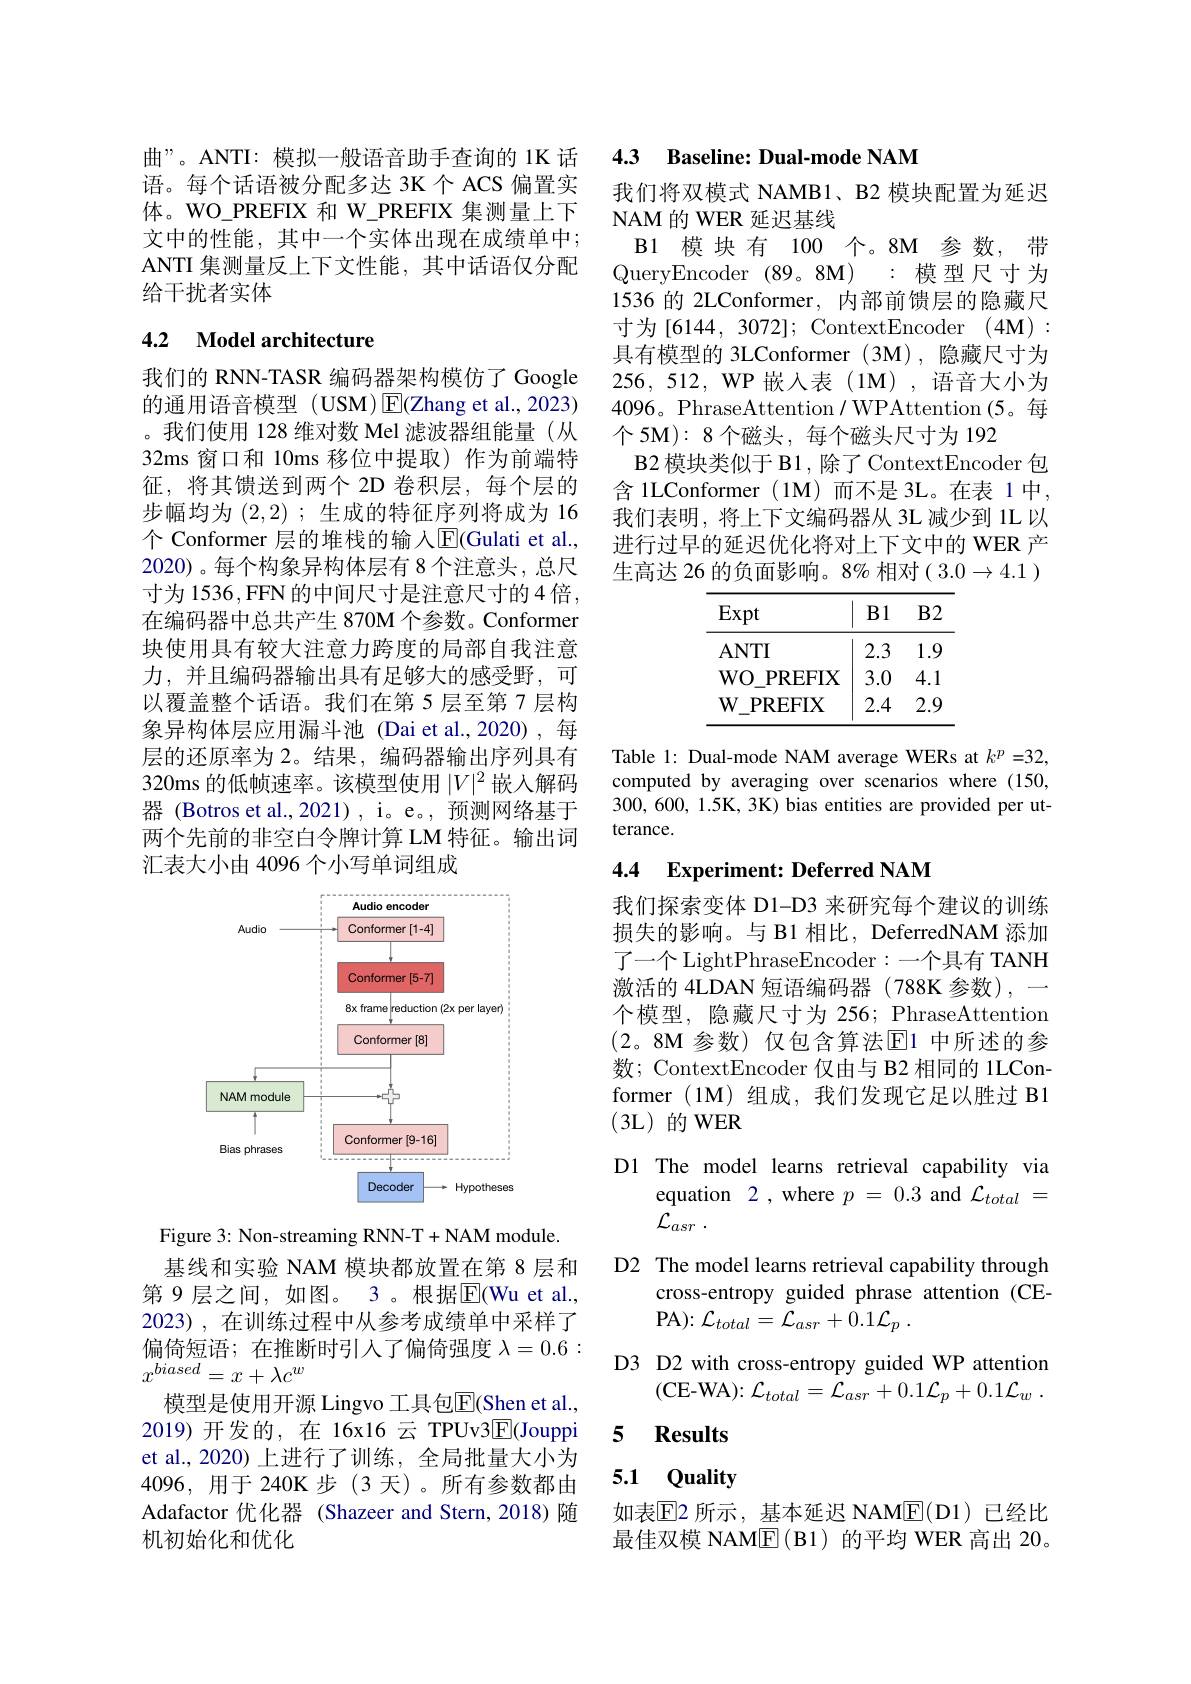
曲”。ANTI: 模拟一般语音助手查询的 1K 话语。每个话语被分配多达 3K 个 ACS 偏置实体。WO\_PREFIX 和 W\_PREFIX 集测量上下文中的性能，其中一个实体出现在成绩单中； ANTI 集测量反上下文性能，其中话语仅分配给干扰者实体

# 4.2 Model architecture

我们的 RNN-TASR 编码器架构模仿了 Google 的通用语音模型(USM)E(Zhang et al., 2023) 。我们使用 128 维对数 Mel 滤波器组能量(从32ms 窗口和 10ms 移位中提取)作为前端特征，将其馈送到两个 2D 卷积层，每个层的步幅均为(2,2) ;生成的特征序列将成为 16个 Conformer 层的堆栈的输入$\overline{\mathrm{E}}($Gulati et al., 2020)。每个构象异构体层有 8 个注意头，总尺寸为 1536, FFN 的中间尺寸是注意尺寸的4倍， 在编码器中总共产生 870M 个参数。Conformer 块使用具有较大注意力跨度的局部自我注意力，并且编码器输出具有足够大的感受野，可以覆盖整个话语。我们在第 5 层至第 7 层构象异构体层应用漏斗池(Dai et al.,2020),每层的还原率为 2。结果，编码器输出序列具有320ms 的低帧速率。该模型使用$|V|^2$嵌人解码器 (Botros et al.,2021), i。e。, 预测网络基于两个先前的非空白令牌计算 LM 特征。输出词汇表大小由 4096 个小写单词组成

<FigureHere>

Figure 3: Non-streaming RNN-T+NAM module.
基线和实验 NAM 模块都放置在第 8 层和第 9 层之间，如图。3 。根据$\overline{\mathrm{E}}($Wu et al. 2023),在训练过程中从参考成绩单中采样了偏倚短语；在推断时引人了偏倚强度$\lambda=0.6:$ $x^{biased}=x+\lambda c^w$
模型是使用开源 Lingvo 工具包$\overline{\mathrm{E}}($Shen et al., 2019)开发的，在 16x16 云 TPUv3$\underline{\mathrm{E}}($Jouppi et al.,2020)上进行了训练，全局批量大小为4096,用于240K步(3天)。所有参数都由Adafactor 优化器 (Shazeer and Stern,2018)随机初始化和优化

4.3 Baseline: Dual-mode NAM

我们将双模式 NAMB1、B2 模块配置为延迟
NAM 的 WER 延迟基线

1536 的 2LConformer, 内部前馈层的隐藏尺${\text{寸 为 [ 6144, 3072] ; ContextEncoder}}$ $( 4{\mathbf{M} }) :$

B1 模块有 100 个。8M 参数，带QueryEncoder (89。8M) : 模型尺寸为具有模型的 3LConformer (3M), 隐藏尺寸为256,512, WP 嵌入表(1M),语音大小为4096。PhraseAttention / WPAttention(5。每个5M): 8 个磁头，每个磁头尺寸为 192
B2 模块类似于 B1 , 除了 ContextEncoder 包含 1LConformer (1M) 而不是 3L。在表 1中， 我们表明，将上下文编码器从 3L 减少到 1L 以进行过早的延迟优化将对上下文中的 WER 产生高达 26 的负面影响。8% 相对(3.0→4.1 )

<table>
	<tbody>
		<tr>
			<th>Expt</th>
			<th>B1</th>
			<th>$B2$</th>
		</tr>
		<tr>
			<td>$ANTI$</td>
			<td>2.3</td>
			<td>1 . 1 1 1 Y</td>
		</tr>
		<tr>
			<td>$WO.$ PREFIX</td>
			<td>3.0 $X$</td>
			<td>1 4.</td>
		</tr>
		<tr>
			<td>$W$ $\mathbf{PREFIX}$</td>
			<td>2.4</td>
			<td>2. 1</td>
		</tr>
	</tbody>
</table>

Table 1: Dual-mode NAM average WERs at $k^p=32$, computed by averaging over scenarios where (150, 300,600,1.5K, 3K) bias entities are provided per utterance.

## 4.4 $\textbf{Experiment: Deferred NAM}$

我们探索变体 D1-D3 来研究每个建议的训练损失的影响。与 B1 相比，DeferredNAM 添加了一个 LightPhraseEncoder:一个具有 TANH 激活的 4LDAN 短语编码器 (788K 参数),一个模型，隐藏尺寸为 256; PhraseAttention (2。8M 参数)仅包含算法$\overline{\mathrm{E}}1$ 中所述的参数；ContextEncoder 仅由与 B2 相同的 1LConformer (1M)组成，我们发现它足以胜过 B1 (3L)的WER

D1 The model learns retrieval capability via
equation 2 , where $p=0.3$ and $\mathcal{L}_{total}=$
${\mathcal{L} }_{asr}$ .
D2 The model learns retrieval capability through
cross-entropy guided phrase attention (CE-
PA): $\mathcal{L} _{total}= \mathcal{L} _{asr}+ \tilde {0. 1}\mathcal{L} _{p}$ .
D3 D2 with cross-entropy guided WP attention
(CE-WA): $\mathcal{L} _total= \mathcal{L} _{asr}+ 0. 1\mathcal{L} _p+ 0. 1\mathcal{L} _w$ .

### 5 $\textbf{Results}$

## 5.1 Quality

如表$\overline{\mathrm{E}}$2 所示，基本延迟 NAM$\underline{\mathrm{E}}($D1)已经比最佳双模 NAM$\underline{\mathbb{E}}($B1)的平均 WER 高出 20